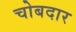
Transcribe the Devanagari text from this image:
चोबदार